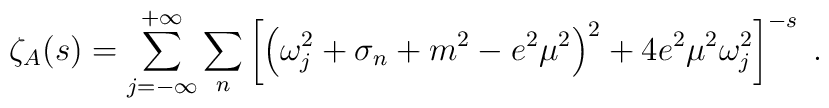
\zeta_{A}(s) = \sum_{j=-\infty}^{+\infty}\sum_{n}\left[\left(\omega_{j}^{2} + \sigma_{n} + m^{2} - e^{2}\mu^{2}\right)^{2} + 4e^{2}\mu^{2}\omega_{j}^{2}\right]^{-s}\;.